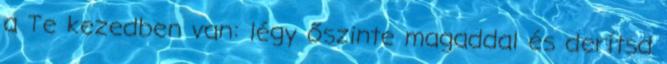
a Te kezedben van: légy őszinte magaddal és derítsd